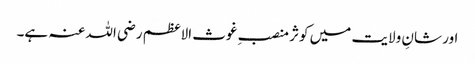
اور شانِ ولایت میں کوثر منصبِ غوث الاعظم رضی اللہ عنہ ہے۔